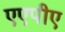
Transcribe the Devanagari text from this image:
एएपीए